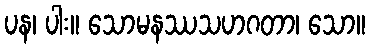
ပန၊ ပါး။ သောမနဿသဟဂတာ၊ သော။